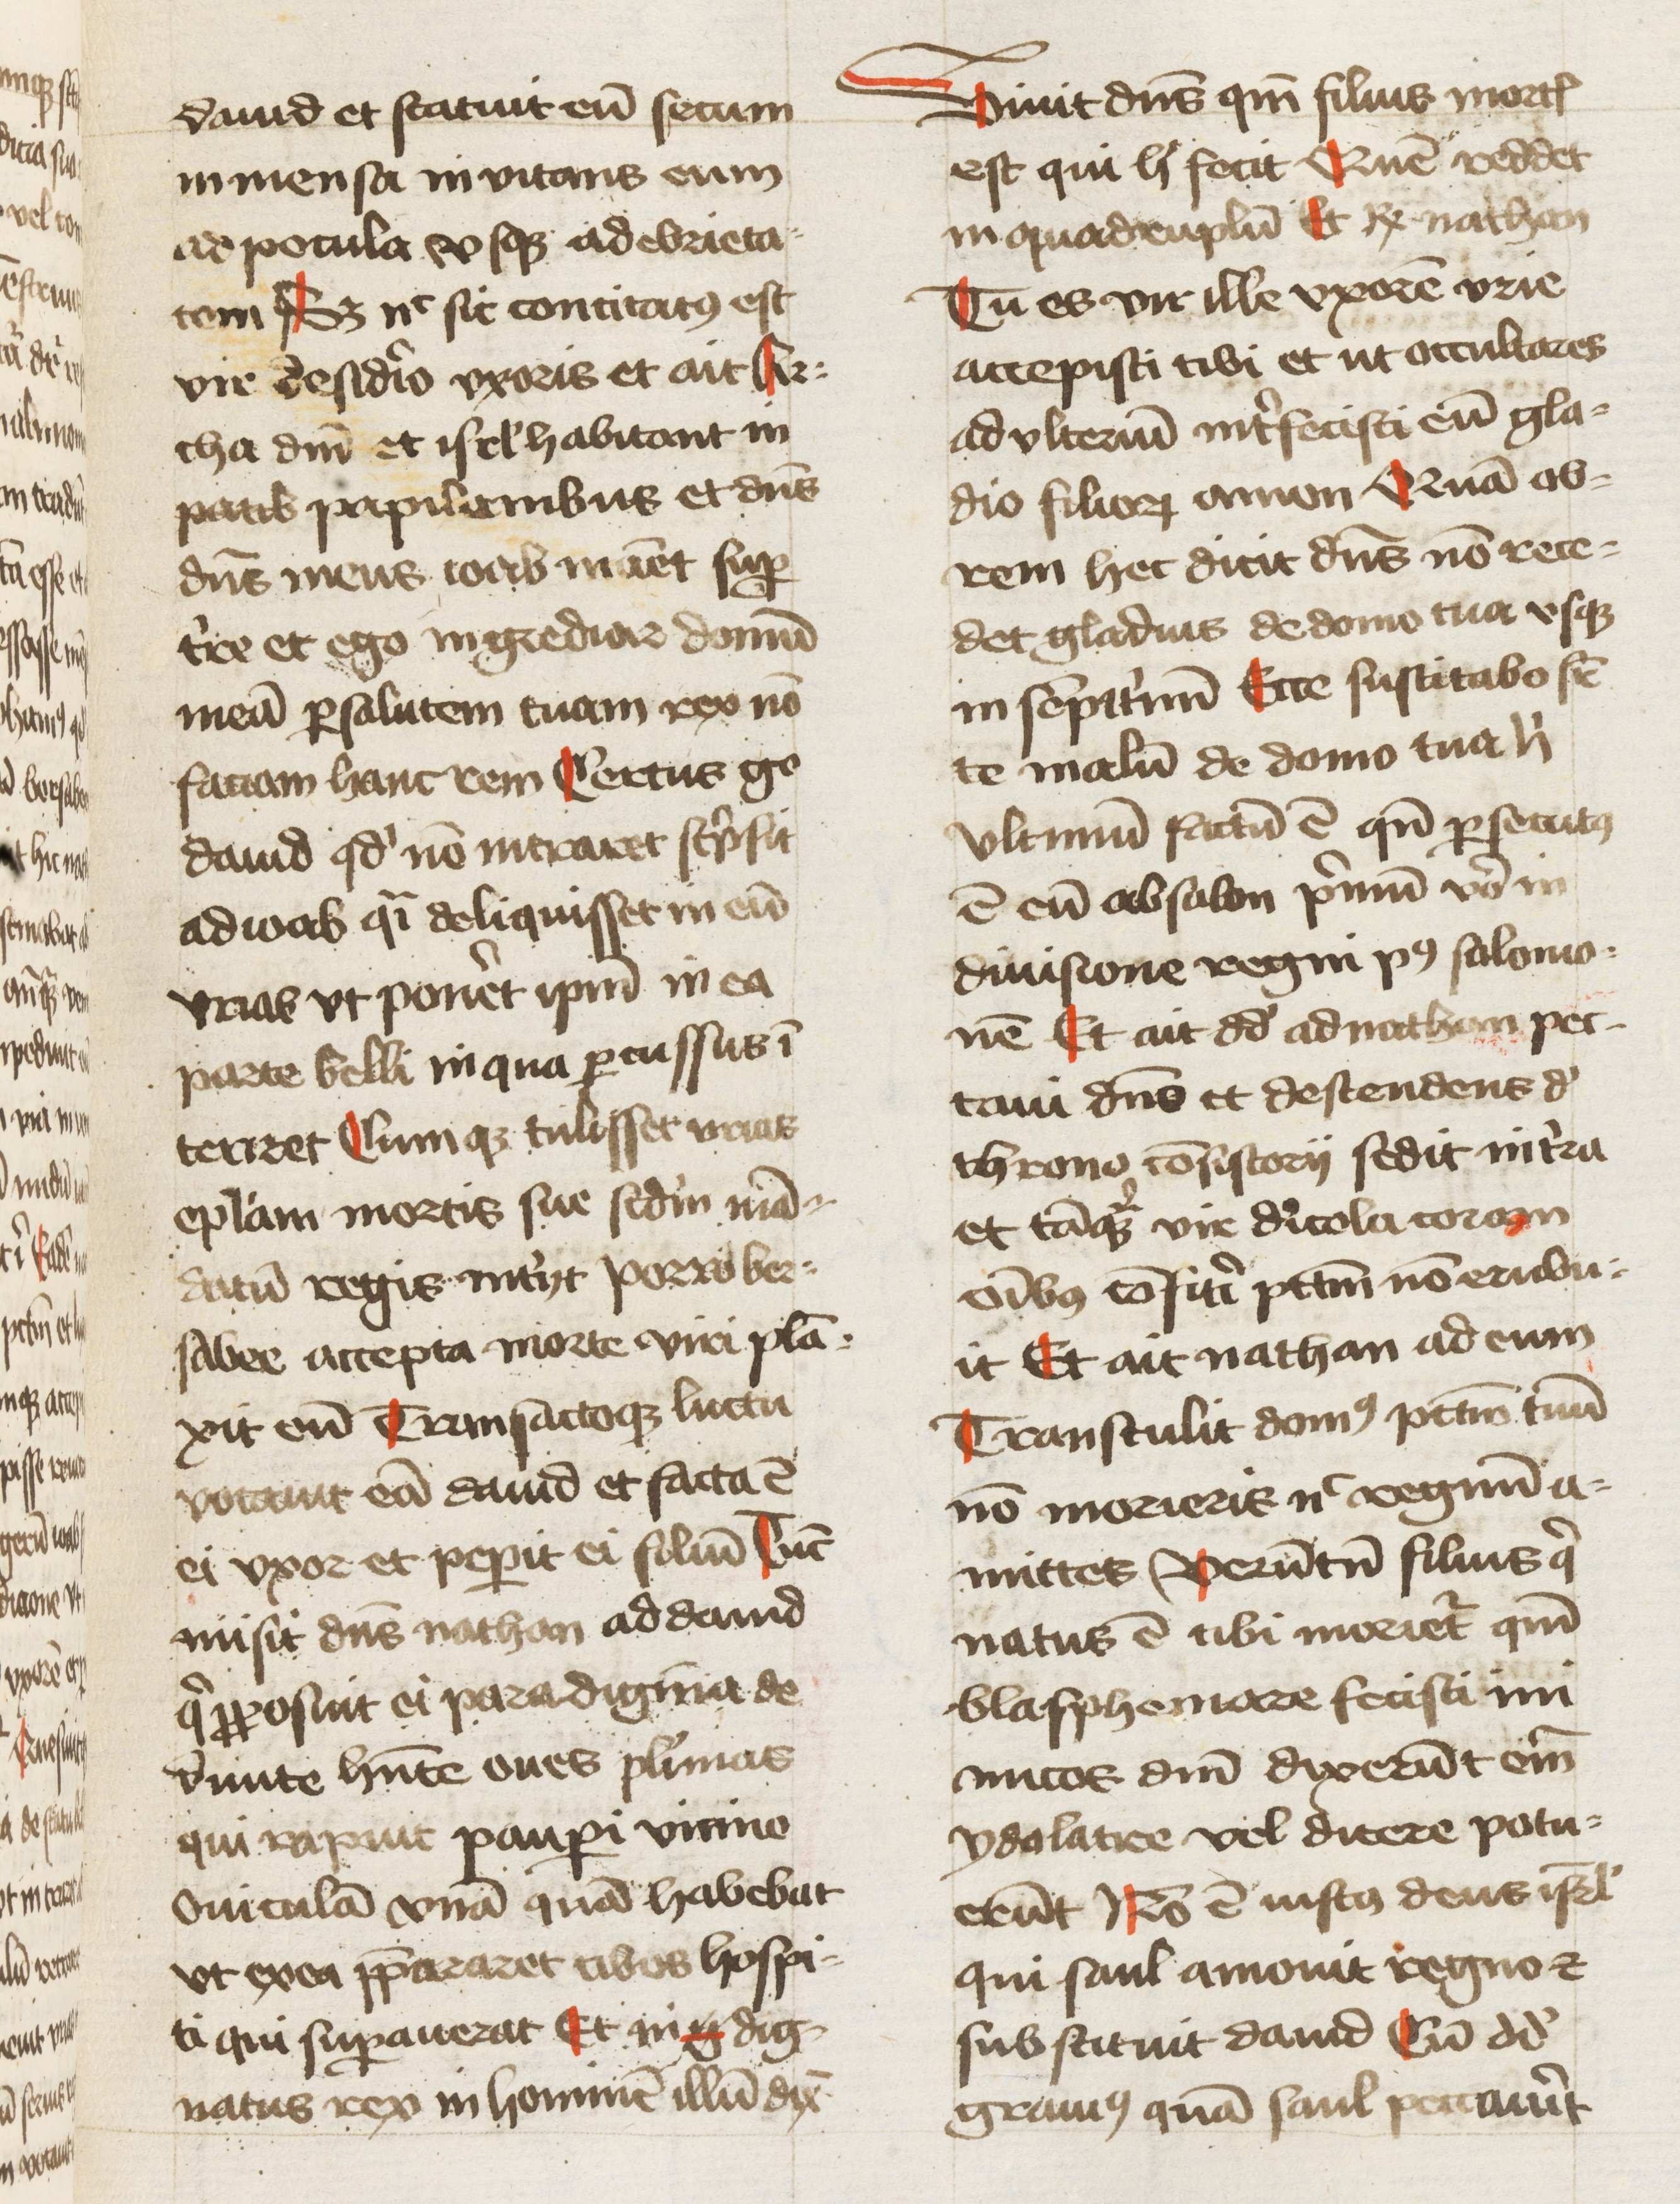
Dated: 1461–1461